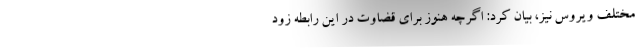
مختلف ویروس نیز، بیان کرد: اگرچه هنوز برای قضاوت در این رابطه زود